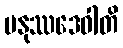
မနုဿဒေဝါတိ